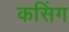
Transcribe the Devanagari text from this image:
कसिंग